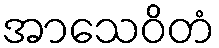
အာသေဝိတံ